Report on vaccination in Madras 1904-1921 - 1904-1921
Year: 1904
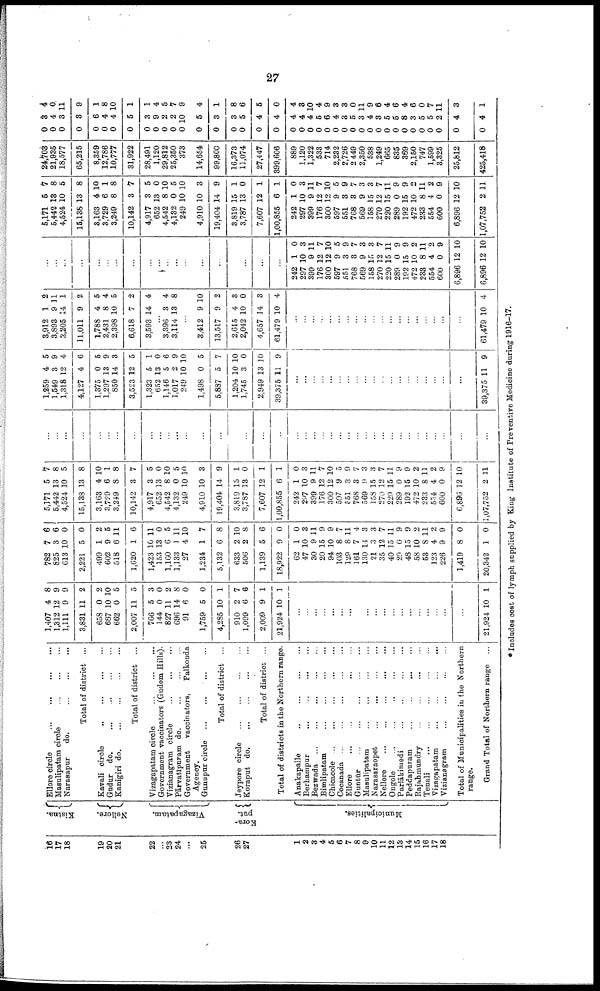
27
16
17
18
19
20
21
22
...
23
24
...
25
26
27
1
2
3
4
5
6
7
8
9
10
11
12
13
14
15
16
17
18
Kistna.
Nellore.
Vizagapatam.
Kora¬
put.
Municipalities.
Ellore circle
... ... ... ...
Masulipatam circle
...
...
...
Narasapur
do.
...
...
...
Total of district ...
Kavali circle ... ... ... ... ...
Gudur do.
...
...
...
...
Kanigiri do.
...
...
...
...
Total of district ...
Vizagapatam circle ... ... ...
Government vaccinators (Gudem Hills).
Vizianagram circle
...
...
...
Pārvatīpuram do.
...
...
...
Government vaccinators, Palkonda
Agency.
Gunupur circle
...
...
...
...
Total of district ... ... ... ...
Jeypore circle
...
...
...
...
Koraput d
o
. ... ... ... ...
Total of district ...
Total of districts in the Northern range.
Anakapalle
.. ... ... ...
Berhampur
...
...
...
...
Bezwada
...
...
...
...
...
Bimlipatam
...
...
...
...
Chicacole
...
...
...
...
...
Cocanada ... ... ... ... ...
Ellore
...
...
...
...
...
Guntūr
...
...
...
...
...
Masulipatam
...
...
...
...
Narasaraopet
...
...
...
...
Nellore
...
...
...
...
...
Ongole
...
...
...
...
...
Parlākimedi
... ... ... ...
Peddapuram
...
...
...
...
Rajahmundry
...
...
...
...
Tenali
...
...
...
...
...
Vizagapatam
...
...
...
...
Vizianagram ... ... ... ...
Total of Municipalities in the Northern
range.
Grand Total of Northern range ...
1,407
1,312
1,111
3,831
658
687
662
2,007
766
144
827
696
91
1,759
4,285
910
1,099
2,009
21,924
4
12
9
11
0
10
0
11
5
0
11
14
6
5
10
2
6
9
10
8
9
9
2
2
10
5
5
3
0
2
8
0
0
1
7
6
1
1
...
...
...
...
...
...
...
...
...
...
...
...
...
...
...
...
...
...
...
21,924 10 1
782
825
613
2,221
499
602
518
1,620
1,423
153
1,160
1,133
27
1,234
5,132
633
506
1,139
18,922
62
47
30
20
94
103
129
161
130
21
35
40
29
48
58
53
123
226
1,419
20,342
7
3
10
5
1
9
6
1
10
13
6
1
4
1
6
2
2
5
9
1
10
9
15
10
8
8
7
14
3
12
15
0
15
10
8
4
9
8
1
6
6
0
0
2
5
11
6
11
0
5
11
10
7
8
10
8
6
0
0
3
11
9
9
7
11
4
3
3
7
11
9
9
2
11
2
9
0
0
5,171
5,442
4,524
15,138
3,163
3,729
3,249
10,142
4,917
652
4,542
4,132
249
4,910
19,404
3,819
3,787
7,607
1,00,855
242
297
399
176
300
597
551
768
569
158
270
220
289
192
472
233
554
600
6,896
1,07,752
5
13
10
13
4
6
8
3
3
13
8
0
10
10
14
15
13
12
6
1
10
9
12
12
9
3
3
9
15
12
15
0
15
10
8
4
0
12
2
7
8
5
8
10
1
8
7
5
0
10
5
10
3
9
1
0
1
1
0
3
11
7
10
5
9
7
3
3
7
11
9
9
2
11
2
9
10
11
...
...
...
...
...
...
...
...
...
...
...
...
...
...
...
...
...
...
...
...
...
...
...
...
...
...
...
...
...
...
...
...
...
...
...
...
...
...
...
1,259
1,549
1,318
4,127
1,375
1,297
850
3,523
1,323
652
1,146
1,017
249
1,498
5,887
1,204
1,745
2,949
39,375
4
3
12
4
0
13
14
12
5
13
5
2
10
0
5
10
3
13
11
5
9
4
6
5
9
3
5
1
0
6
9
10
5
7
10
0
10
9
...
...
...
...
...
...
...
...
...
...
...
...
...
...
...
...
...
...
...
39,375 11 9
3,912
3,893
3,205
11,011
1,788
2,431
2,398
6,618
3,593
1
9
14
9
4
8
10
7
14
2
11
1
2
5
4
5
2
4
...
3,396
3,114
3
13
4
8
...
3,412
13,517
2,615
2,042
4,657
61,479
9
9
4
10
14
10
10
2
3
0
3
4
...
...
...
...
...
...
...
...
...
...
...
...
...
...
...
...
...
...
...
61,479 10 4
...
...
...
...
...
...
...
...
...
...
...
...
...
...
...
...
...
...
...
242
297
399
176
300
597
551
768
569
158
270
220
289
192
472
233
554
600
6,896
6,896
1
10
9
12
12
9
3
3
9
15
12
15
0
15
10
8
4
0
12
12
0
3
11
7
10
5
9
7
3
3
7
11
9
9
2
11
2
9
10
10
5,171
5,442
4,524
15,138
3,163
3,729
3,249
10,142
4,917
652
4,542
4,132
249
4,910
19,404
3,819
3,787
7,607
1,00,855
242
297
399
176
300
597
551
768
569
158
270
220
289
192
472
233
554
600
6,896
1,07,752
5
13
10
13
4
6
8
3
3
13
8
0
10
10
14
15
13
12
6
1
10
9
12
12
9
3
3
9
15
12
15
0
15
10
8
4
0
12
2
7
8
5
8
10
1
8
7
5
0
10
5
10
3
9
1
0
1
1
0
3
11
7
10
5
9
7
3
3
7
11
9
9
2
11
2
9
10
11
24,703
21,935
18,577
65,215
8,359
12,786
10,777
31,922
28,491
1,120
29,812
25,350
373
14,654
99,800
16,373
11,074
27,447
399,606
889
1,120
1,322
533
714
2,232
2,726
2 449
2,350
538
1,249
665
835
369
2,150
747
1,599
3,325
25,812
425,418
0
0
0
0
0
0
0
0
0
0
0
0
0
0
0
0
0
0
0
0
0
0
0
0
0
0
0
0
0
0
0
0
0
0
0
0
0
0
0
3
4
3
3
6
4
4
5
3
9
2
2
10
5
3
3
5
4
4
4
4
4
5
6
4
3
5
3
4
3
5
5
8
3
5
5
2
4
4
4
0
11
9
1
8
10
1
1
4
5
7
9
4
1
8
6
5
0
4
3
10
4
9
3
3
0
11
9
6
4
6
4
6
0
7
11
3
1
*Includes cost of lymph supplied by King Institute of Preventive Medicine during 1916-17.